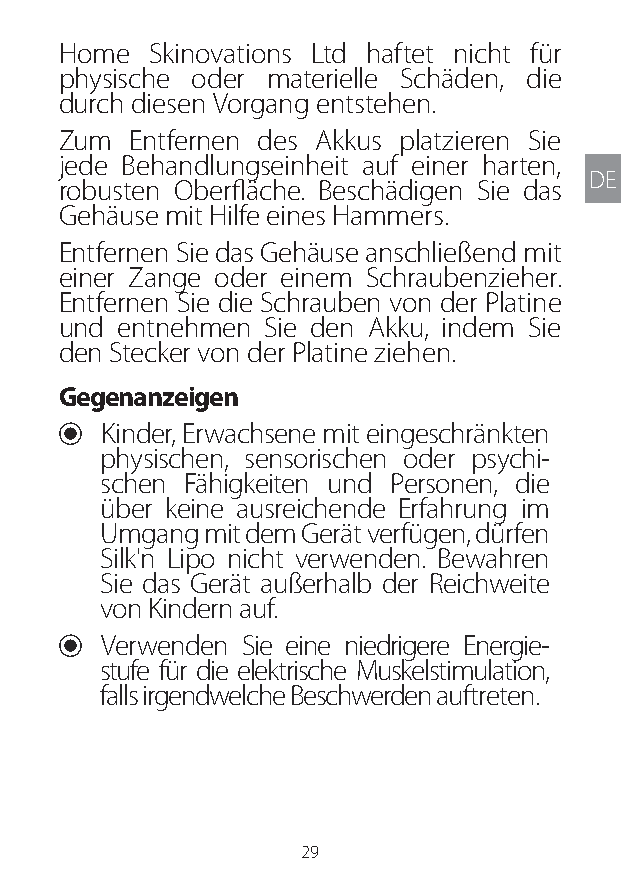
Home  Skinovations Ltd haftet nicht für
 physische oder materielle Schäden, die
 durch diesen Vorgang entstehen.
 Zum Entfernen des Akkus platzieren Sie
 jede Behandlungseinheit auf einer harten,
 DE
 robusten Oberfläche. Beschädigen Sie das
 Gehäuse mit Hilfe eines Hammers.
 Entfernen Sie das Gehäuse anschließend mit
 einer Zange oder einem Schraubenzieher.
 Entfernen Sie die Schrauben von der Platine
 und entnehmen Sie den Akku, indem Sie
 den Stecker von der Platine ziehen.
 Gegenanzeigen
 U Kinder, Erwachsene mit eingeschränkten
 physischen, sensorischen oder psychi-
 schen Fähigkeiten und Personen, die
 über keine ausreichende Erfahrung im
 Umgang mit dem Gerät verfügen, dürfen
 Silk'n Lipo nicht verwenden. Bewahren
 Sie das Gerät außerhalb der Reichweite
 von Kindern auf.
 U Verwenden Sie eine niedrigere Energie-
 stufe für die elektrische Muskelstimulation,
 falls irgendwelche Beschwerden auftreten.
 29
 Lipo UM EU124 3545B inside ALL EU124 ED296-24 release.indd 29 14/08/2018 10:57:33